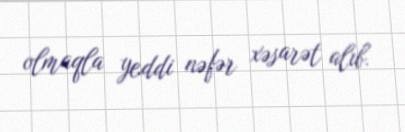
olmaqla yeddi nəfər xəsarət alıb.